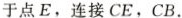
于点E，连接CE，CB.